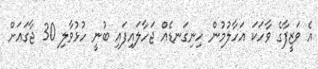
އެ ވަޒީފާގެ ވާހަކަ އަހާލުމުން ހިނިގަނޑެއް ޖަހާލައިފައި ބުނީ ހުޅުވާލި 30 ޖާގައަށް